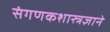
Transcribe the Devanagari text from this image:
संगणकशास्त्रज्ञाने